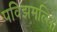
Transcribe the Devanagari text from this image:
पविझमल्लि।